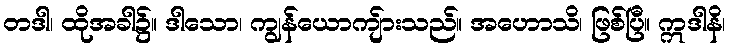
တဒါ၊ ထိုအခါ၌။ ဒါသော၊ ကျွန်ယောကျ်ားသည်။ အဟောသိ၊ ဖြစ်ပြီ။ ဣဒါနိ၊